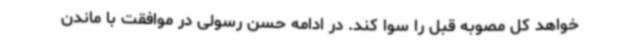
خواهد کل مصوبه قبل را سوا کند. در ادامه حسن رسولی در موافقت با ماندن